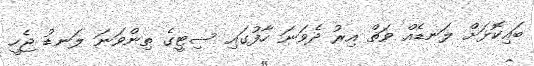
ބައިކޮޅަށް ލަނޑެއް ވަތް އިރު ދެވަނަ ހާފުގައި ސިޓީގެ ތިންވަނަ ލަނޑު ޖެހީ